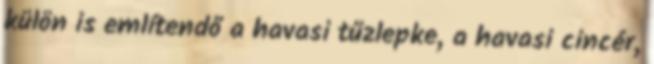
külön is említendő a havasi tűzlepke, a havasi cincér,